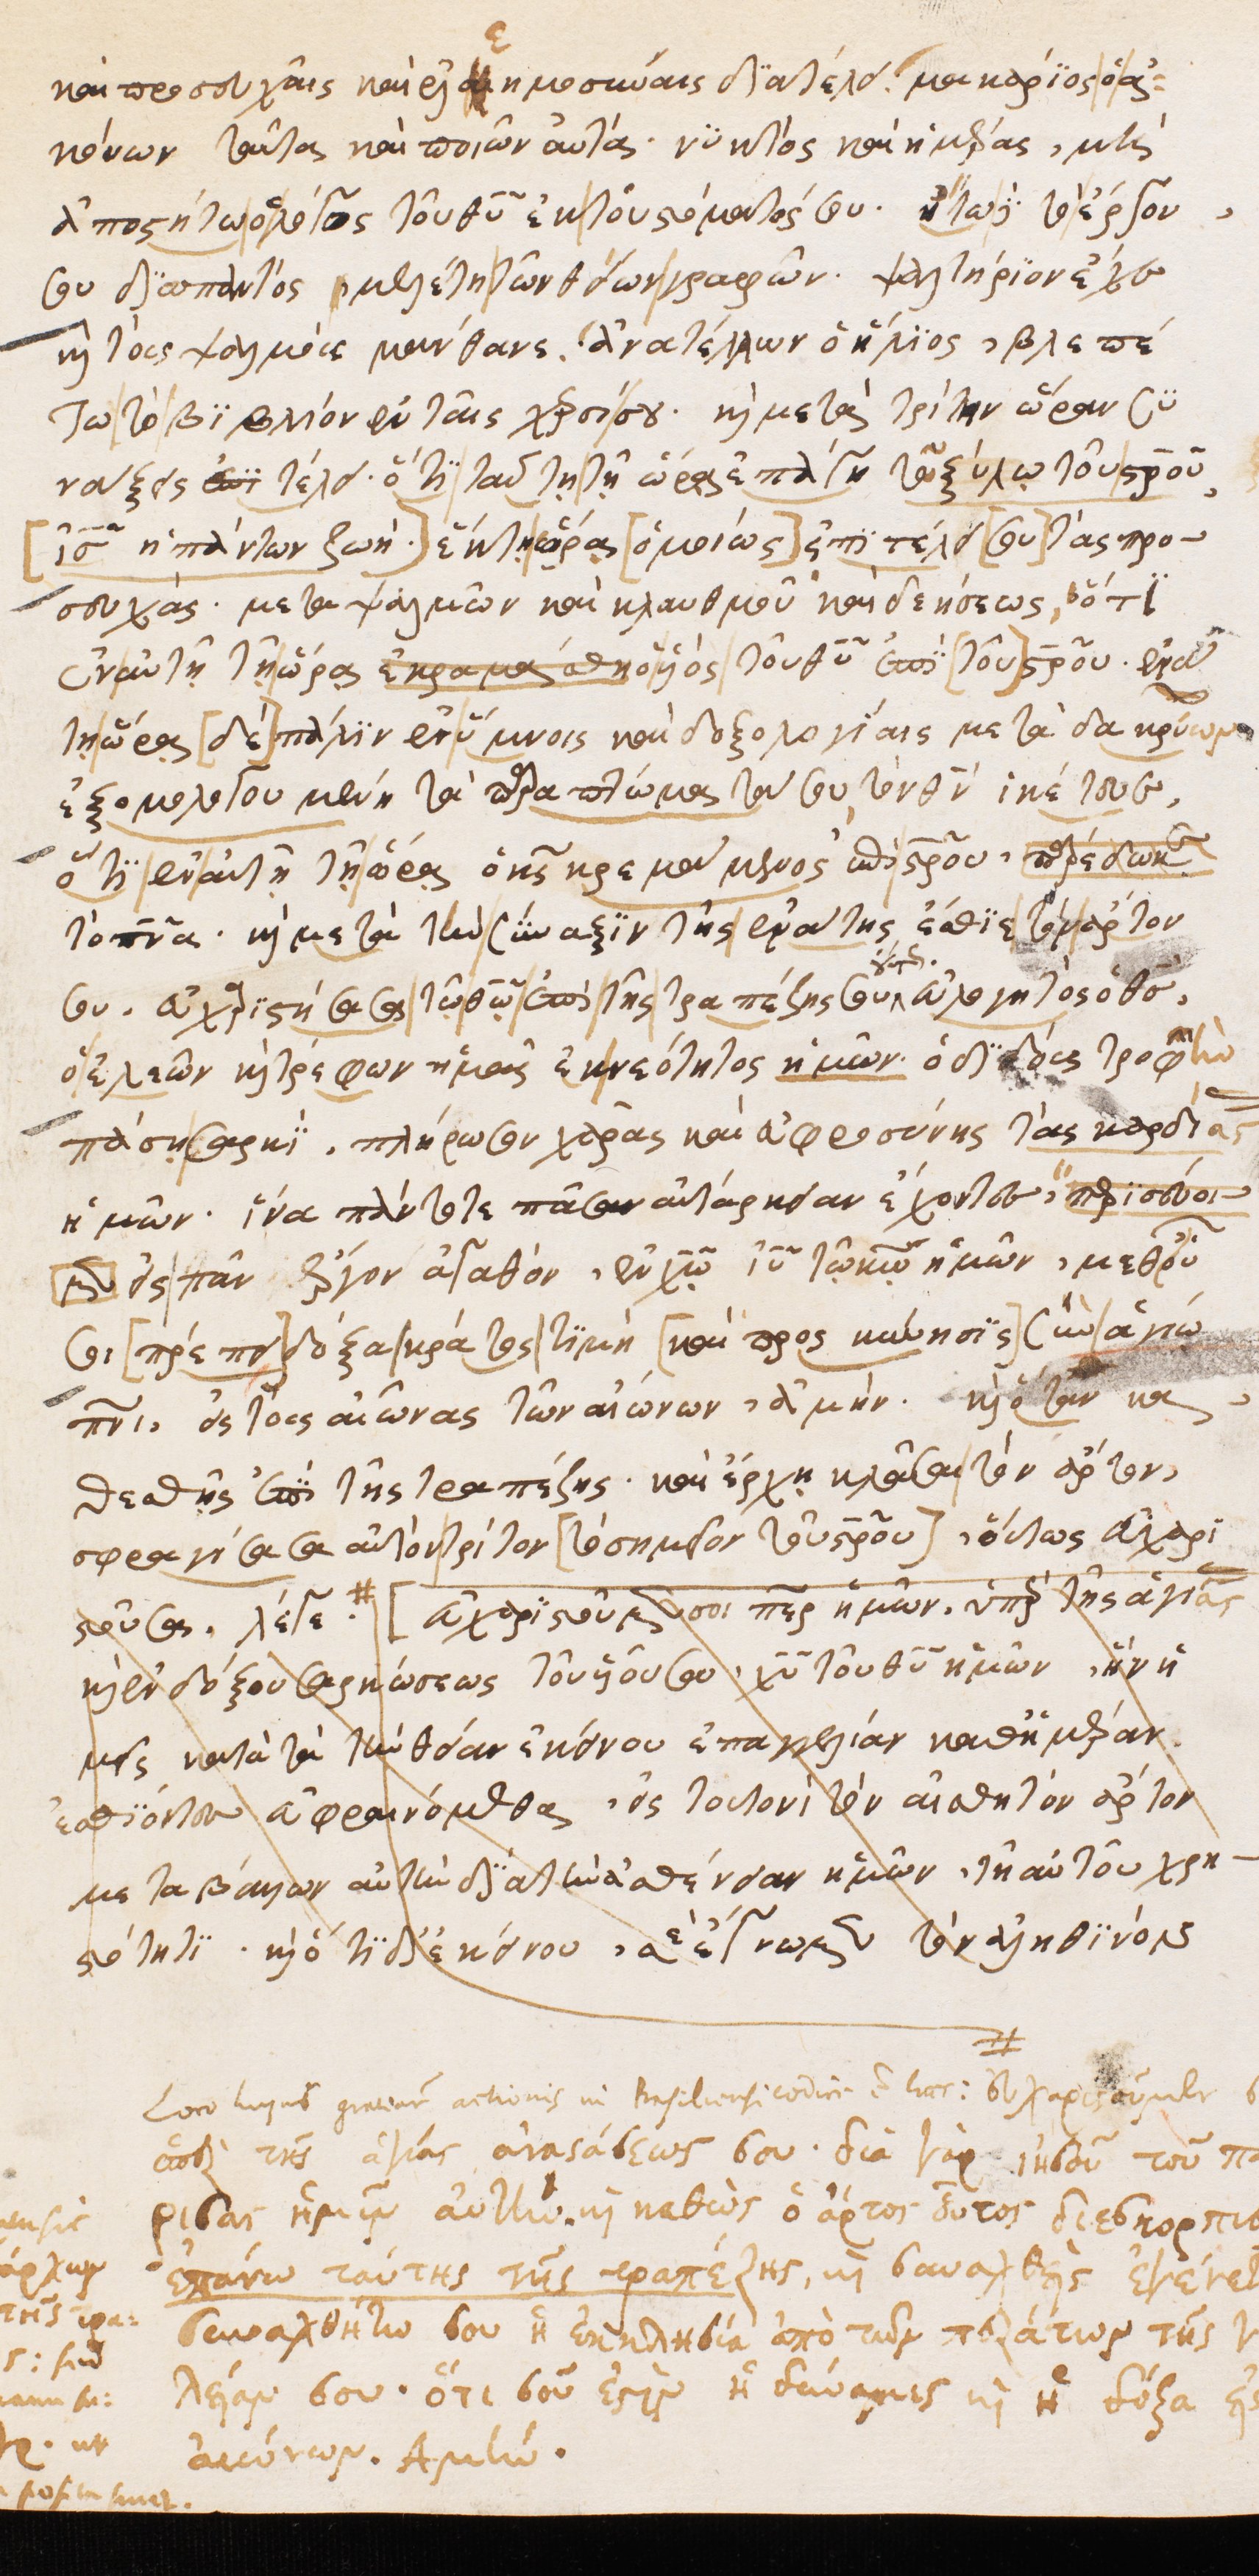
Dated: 1540–1560